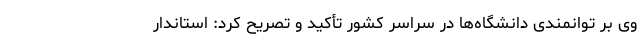
وی بر توانمندی دانشگاه‌ها در سراسر کشور تأکید و تصریح کرد: استاندار